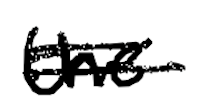
Text: the
Cross-out: double-line
Writing tool: digital_black